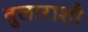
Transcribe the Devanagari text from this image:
तुलाराशौ